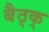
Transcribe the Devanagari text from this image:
बैठ्क्